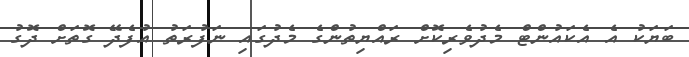
ބަޔަކު އެ އެކައުންޓް މެދުވެރިކޮށް ރައްޔިތުންގެ މެދުގައި ނަފުރަތު އުފެދޭ ގޮތަށް ދޮގު